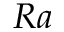
R a